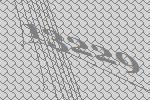
13229